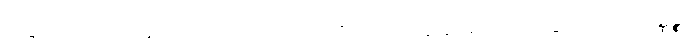
သဒ္ဒါသည်။ ဝိဘတ္တိပိပလ္လာ သော၊ ဝိဘတ်၏ဖောက်ပြန်ခြင်းရှိသောသဒ္ဒါတည်း။ တိဏ္ဏဉ္စ၊